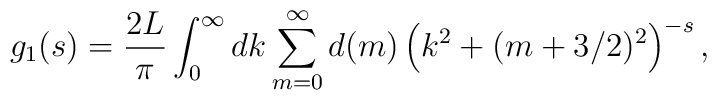
g_1(s)=\frac{2L}{\pi}\int_0^\infty dk \sum_{m=0}^\infty d(m)\left(k^2+(m+3/2)^2\right)^{-s},